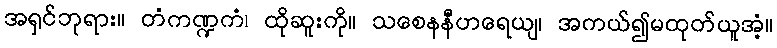
အရှင်ဘုရား။ တံကဏ္ဍကံ၊ ထိုဆူးကို။ သစေနနီဟရေယျ၊ အကယ်၍မထုတ်ယူအံ့။